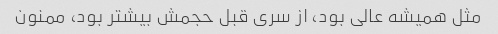
مثل همیشه عالی بود، از سری قبل حجمش بیشتر بود، ممنون